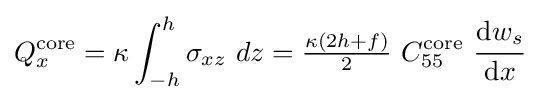
Q_{x}^{\mathrm {core} }=\kappa \int _{-h}^{h}\sigma _{xz}~dz={\tfrac {\kappa (2h+f)}{2}}~C_{55}^{\mathrm {core} }~{\cfrac {\mathrm {d} w_{s}}{\mathrm {d} x}}